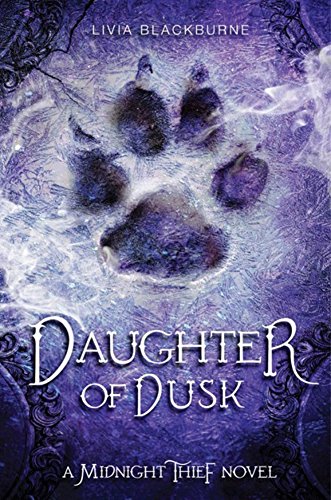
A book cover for Midnight Thief, Book 2: Daughter of Dusk; Livia Blackburne; Teen & Young Adult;